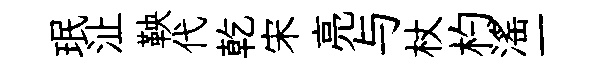
珉沚鞅代乾宋亮与杖杓滛一